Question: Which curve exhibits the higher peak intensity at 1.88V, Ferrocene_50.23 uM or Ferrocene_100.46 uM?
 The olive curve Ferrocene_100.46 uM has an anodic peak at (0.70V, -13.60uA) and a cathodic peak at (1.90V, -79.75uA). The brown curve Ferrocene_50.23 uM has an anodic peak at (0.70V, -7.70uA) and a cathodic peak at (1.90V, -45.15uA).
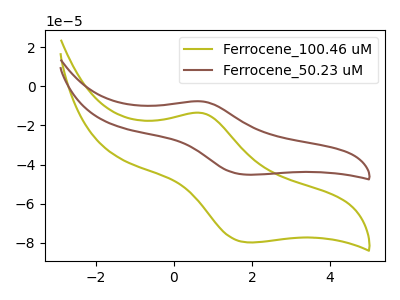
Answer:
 <answer>The peak at 1.88V is lower in "Ferrocene_50.23 uM" than in "Ferrocene_100.46 uM".</answer>
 <eval>lower</eval>